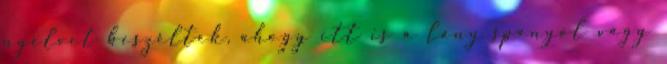
nyelvet beszéltek, ahogy itt is a lány spanyol vagy